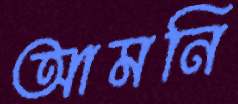
আমনি